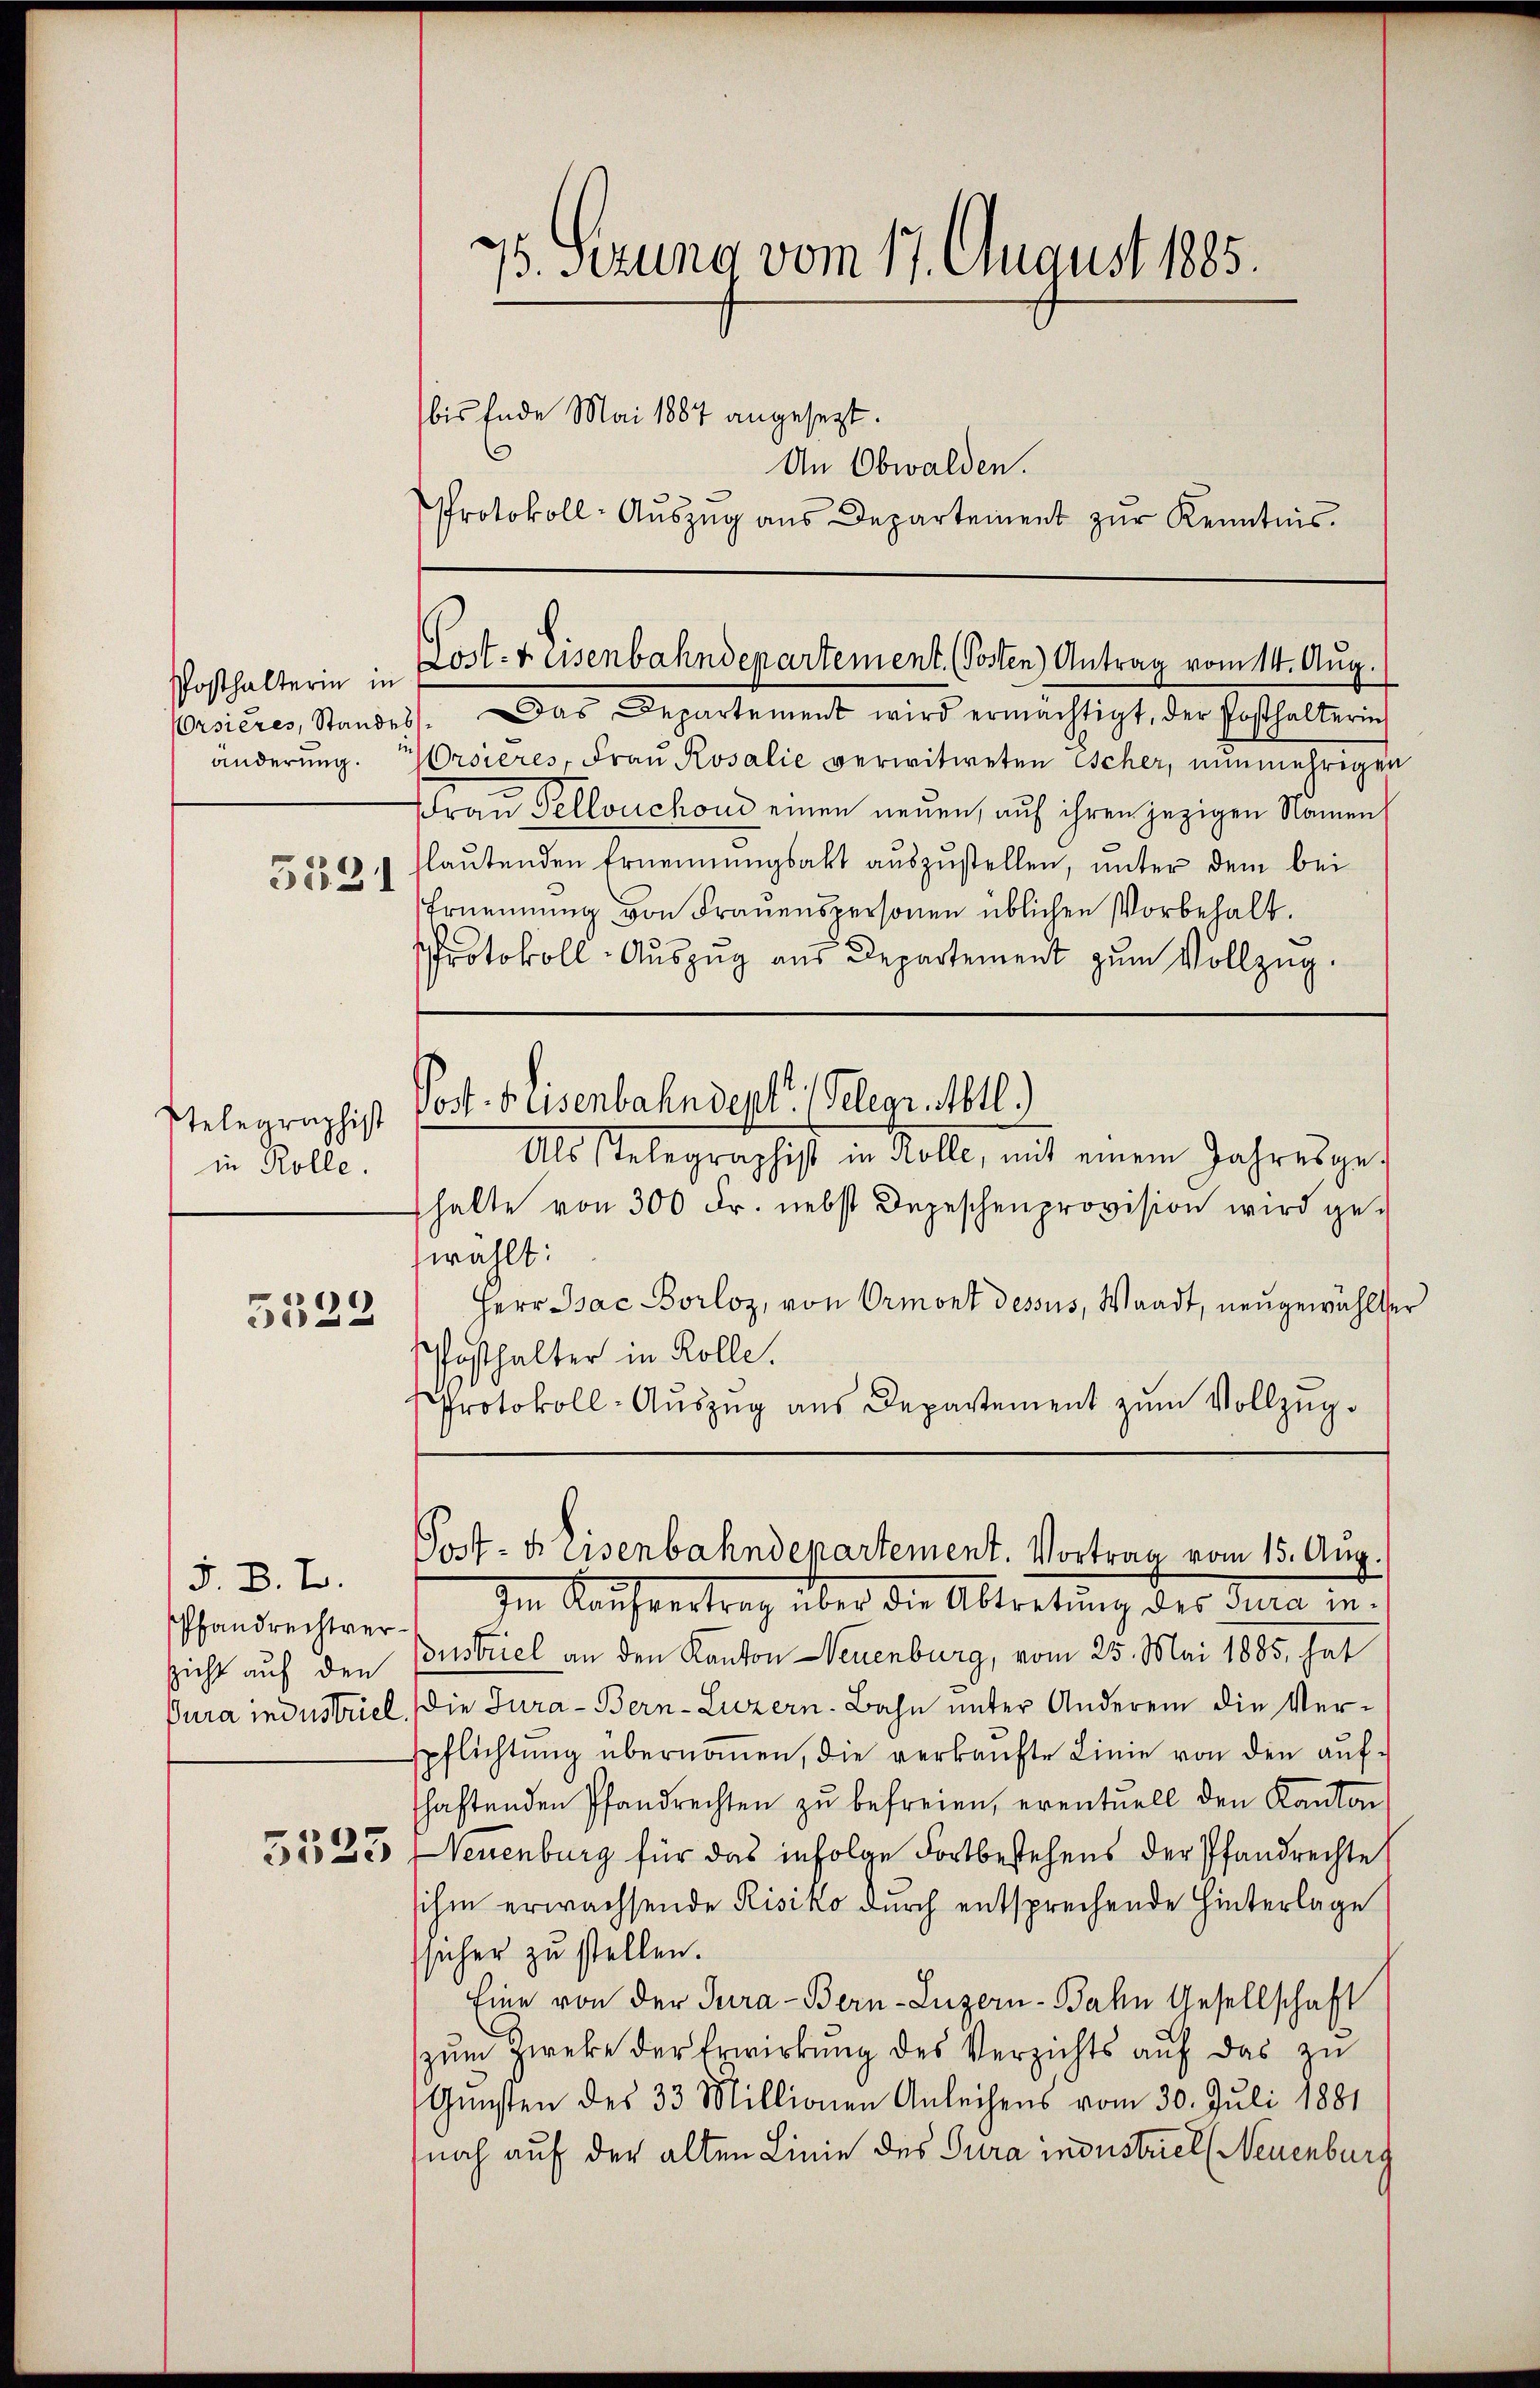
Posthalterin in
Ursieres, Standes
änderung.

5391

telegraphist
in Rolle.
1
5022

5. B. L.
Pfandrechtverzicht auf den
Jura industriel

5525

75. Setzung vom 17. August 1885.
bis Ende Mai 1887 angesezt.
6
An Obwalden.
Protokoll- Aŭszŭg ans Departement zŭr Kenntnis.

Port. 4 Eisenbahndepartement. (Posten Antrag vom 14. Aŭg.

Das Departement wird ermächtigt, der Posthalterin
rsieres, Frau Rosalić verwitweten scher, nunmehrigen
Frau Tellouchoud einen neuen, auf ihren jezigen Namen
lautenden Ernennungsakt auszustellen, unter dem bei
Ernennung von Frauenspersonen üblichen Vorbehalt.
Protokoll-Aŭszŭg aŭs Departement zŭm Vollzug.
Post. Elisenbahndept. (Gelegr. Mtl.)
Als Stelegraphist in Rolle, mit einem Jahresge-
halte von 300 Fr. nebst Depeschenprovision wird ge-
wählt:
Herr Bac Borloz, von Ormont dessus, Waadt, neugewählter
Posthalter in Kolle.
Protokoll-Auszug aus Departement zum Vollzug.

Post- u Eisenbahndepartement. Vortrag vom 15. Aug.

Im Kaufvertrag über die Abtretung der Jura in
Bustriel an den Kanton Neuenburg, vom 25. Mai 1885, hat
Die Jura - Bern-Luzern-Bahn unter Anderem die Verpflichtŭng übernoṁen, die verkaŭfte Linie von den aŭf-
haftenden Pfandrechten zŭ befreien, eventuell den Kanton
Neuenburg für das infolge Fortbestehens der Pfandrechte
ihm erwachsende Risiko durch entsprechende Hinterlage
sicher zu stellen.
Eine von der Jura - Bern-Luzern-Bahn Gesellschaft
zŭm zweke der Erwirkŭng des Verzichts aŭf das zŭ
Gunsten des 33 Millionen Anleihens vom 30. Juli 1881
noch auf der alten Linie des Jura industriel (Neuenburg